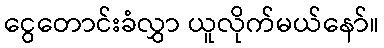
ငွေတောင်းခံလွှာ ယူလိုက်မယ်နော်။